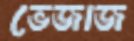
ভেজাজ